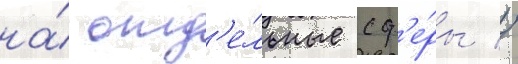
на́ отд'е́льные сф'е́ры //